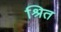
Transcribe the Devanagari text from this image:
श्रित